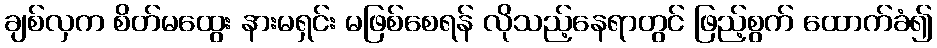
ချစ်လှက စိတ်မထွေး နားမရှင်း မဖြစ်စေရန် လိုသည့်နေရာတွင် ဖြည့်စွက် ထောက်ခံ၍